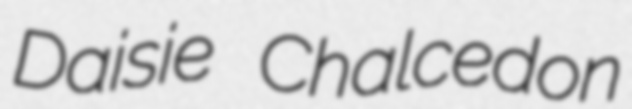
Daisie Chalcedon